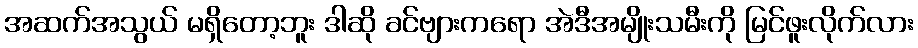
အဆက်အသွယ် မရှိတော့ဘူး ဒါဆို ခင်ဗျားကရော အဲဒီအမျိုးသမီးကို မြင်ဖူးလိုက်လား